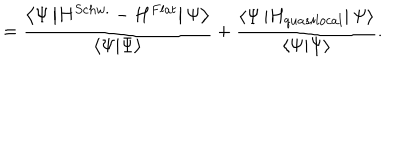
= \frac { \left\langle \Psi \left| H ^ { S c h w . } - H ^ { F l a t } \right| \Psi \right\rangle } { \left\langle \Psi | \Psi \right\rangle } + \frac { \left\langle \Psi \left| H _ { q u a s i l o c a l } \right| \Psi \right\rangle } { \left\langle \Psi | \Psi \right\rangle } .